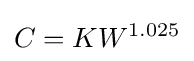
C=KW^{1.025}